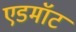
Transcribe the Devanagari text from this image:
एडमॉट